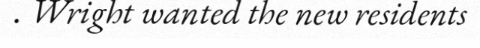
. Wright wanted the new residents